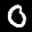
Label: 0